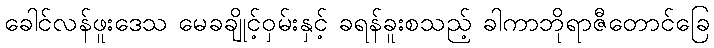
ခေါင်လန်ဖူးဒေသ မေခချိုင့်ဝှမ်းနှင့် ခရန်ခူးစသည့် ခါကာဘိုရာဇီတောင်ခြေ